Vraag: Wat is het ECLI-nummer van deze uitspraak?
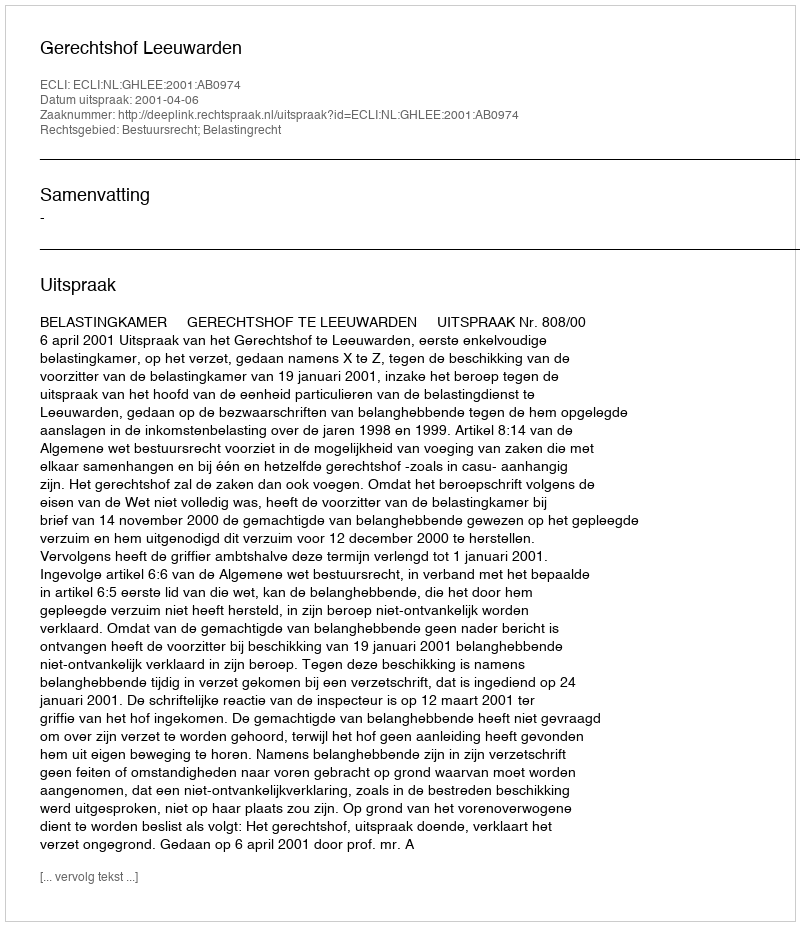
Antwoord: ECLI:NL:GHLEE:2001:AB0974